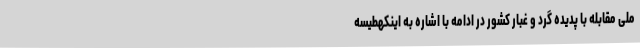
ملی مقابله با پدیده گرد و غبار کشور در ادامه با اشاره به اینکهطیسه